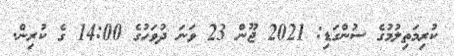
ކުރިމަތިލުމުގެ ސުންގަޑި: 2021 ޖޫން 23 ވަނަ ދުވަހުގެ 14:00 ގެ ކުރިން.